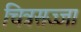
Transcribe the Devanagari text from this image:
चित्रसज्जा